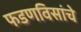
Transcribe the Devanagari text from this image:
फडणविसांचे